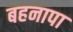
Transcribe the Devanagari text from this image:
बहनापा